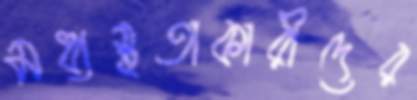
মধ্যস্থতাকারীদের